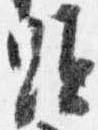
顕